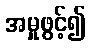
အမှုဖွင့်၍